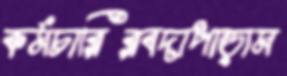
কর্মচারিরবদাপাড়াম